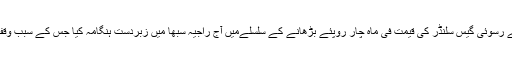
کانگریس اور دیگر اپوزیشن پارٹیوں کے اراکین نےسبسڈی والے رسوئی گیس سلنڈر کی قیمت فی ماہ چار روپئے بڑھانے کے سلسلےمیں آج راجیہ سبھا میں زبردست ہنگامہ کیا جس کے سبب وقفہ سوالات سے قبل ایوان کی کارروائی دو بار ملتوی کرنی پڑی۔